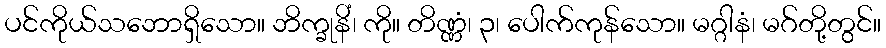
ပင်ကိုယ်သဘောရှိသော။ ဘိက္ခုနိံ၊ ကို။ တိဏ္ဏံ၊ ၃၊ ပေါက်ကုန်သော။ မဂ္ဂါနံ၊ မဂ်တို့တွင်။